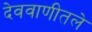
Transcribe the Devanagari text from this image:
देववाणीतले